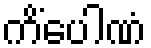
ကိံပေါဏံ